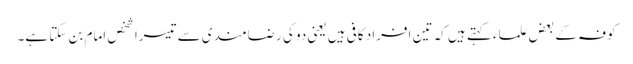
کوفہ کے بعض علماء کہتے ہیں کہ تین افراد کافی ہیں یعنی دو کی رضامندی سے تیسرا شخص امام بن سکتا ہے۔